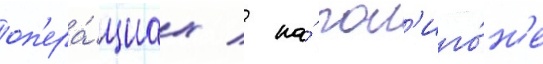
оп'ера́циах / на́ пол'иго́н'е